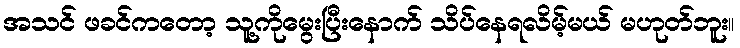
အသင် ဖခင်ကတော့ သူ့ကိုမွေးပြီးနောက် သိပ်နေရလိမ့်မယ် မဟုတ်ဘူး။